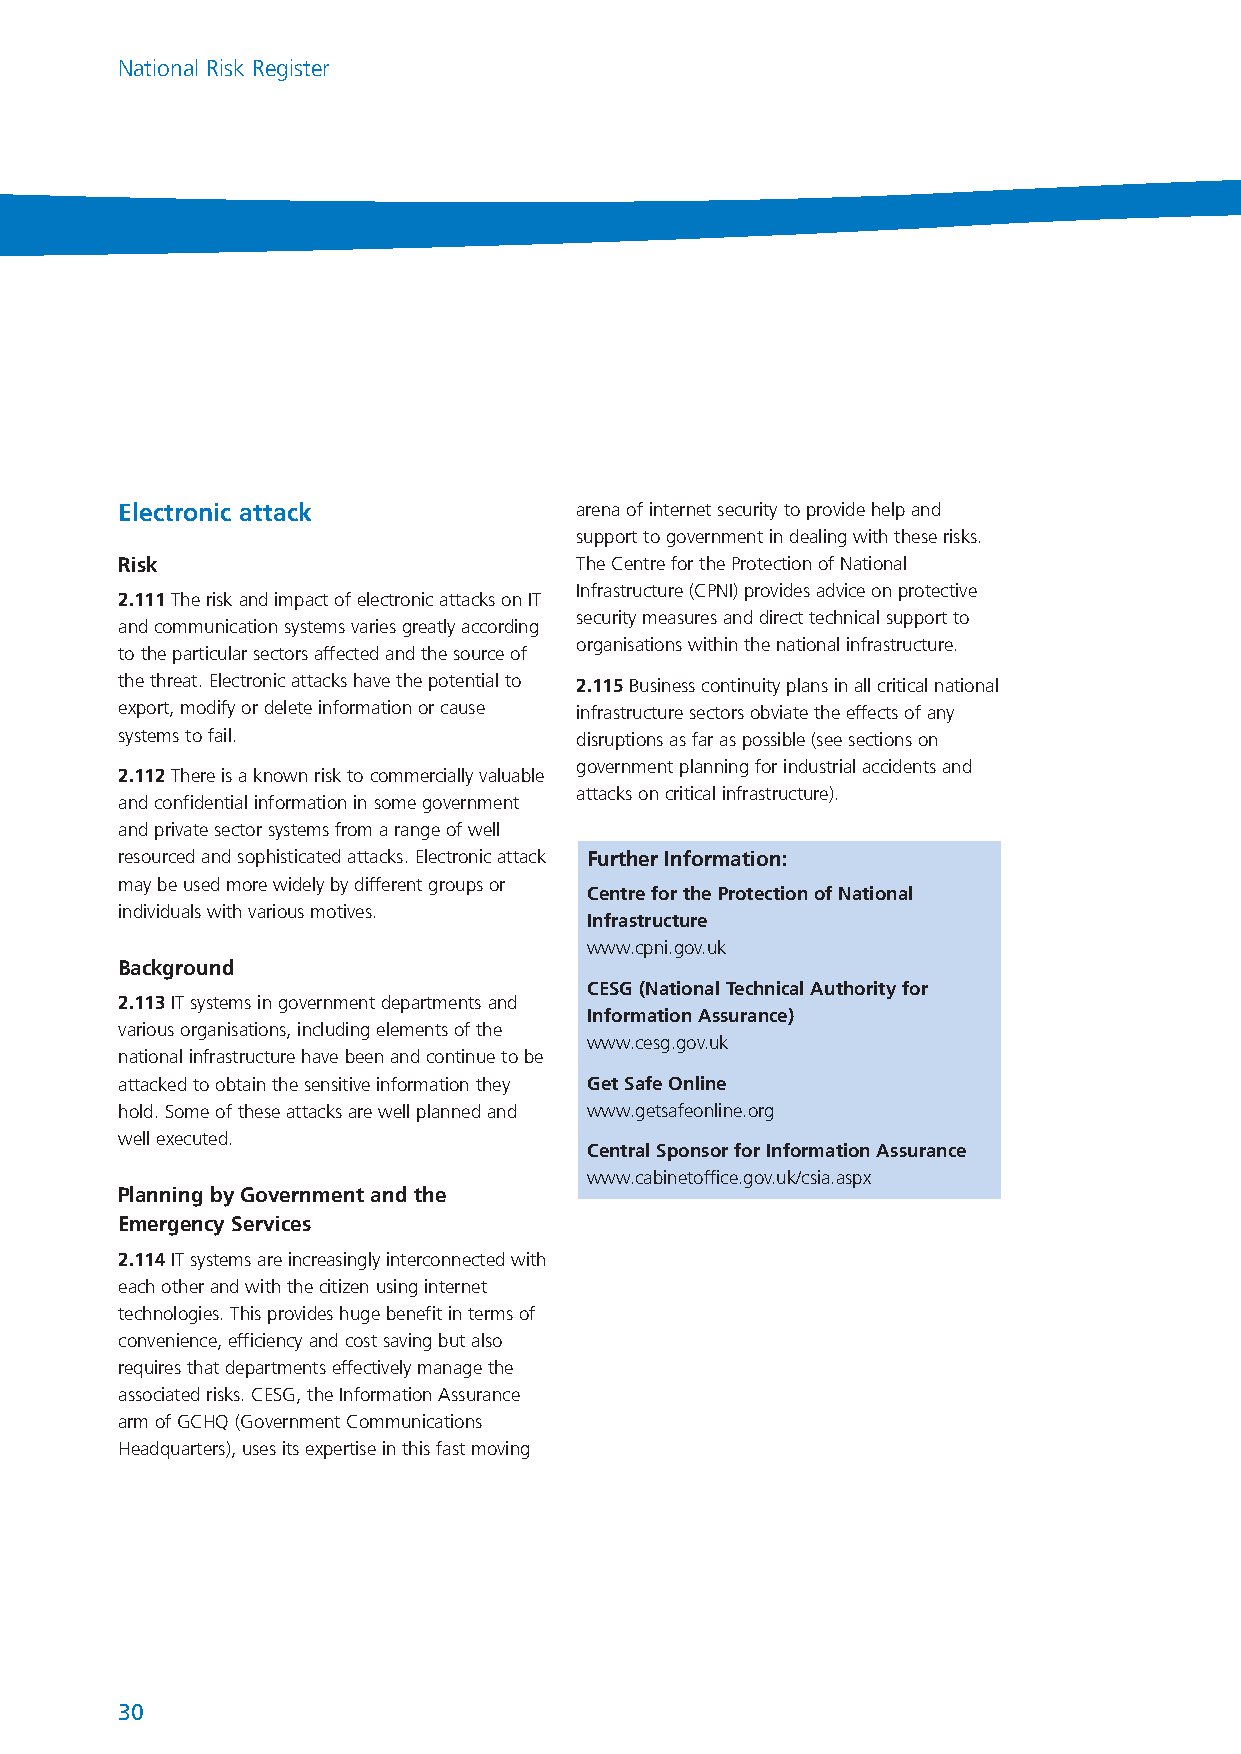
NationalRiskRegister_289116 17/7/08 2:22 pm Page 30
 National Risk Register
 Electronic attack             arena of internet security to provide help and
 support to government in dealing with these risks.
 Risk                          The Centre for the Protection of National
 Infrastructure (CPNI) provides advice on protective
 2.111The risk and impact of electronic attacks on IT
 security measures and direct technical support to
 and communication systems varies greatly according
 organisations within the national infrastructure.
 to the particular sectors affected and the source of
 the threat. Electronic attacks have the potential to 2.115Business continuity plans in all critical national
 export, modify or delete information or cause infrastructure sectors obviate the effects of any
 systems to fail.              disruptions as far as possible (see sections on
 government planning for industrial accidents and
 2.112There is a known risk to commercially valuable
 attacks on critical infrastructure).
 and confidential information in some government
 and private sector systems from a range of well
 resourced and sophisticated attacks. Electronic attack Further Information:
 may be used more widely by different groups or
 Centre for the Protection of National
 individuals with various motives.
 Infrastructure
 www.cpni.gov.uk
 Background
 CESG (National Technical Authority for
 2.113IT systems in government departments and
 Information Assurance)
 various organisations, including elements of the
 www.cesg.gov.uk
 national infrastructure have been and continue to be
 attacked to obtain the sensitive information they Get Safe Online
 hold. Some of these attacks are well planned and www.getsafeonline.org
 well executed.
 Central Sponsor for Information Assurance
 www.cabinetoffice.gov.uk/csia.aspx
 Planning by Government and the
 Emergency Services
 2.114IT systems are increasingly interconnected with
 each other and with the citizen using internet
 technologies. This provides huge benefit in terms of
 convenience, efficiency and cost saving but also
 requires that departments effectively manage the
 associated risks. CESG, the Information Assurance
 arm of GCHQ (Government Communications
 Headquarters), uses its expertise in this fast moving
 30